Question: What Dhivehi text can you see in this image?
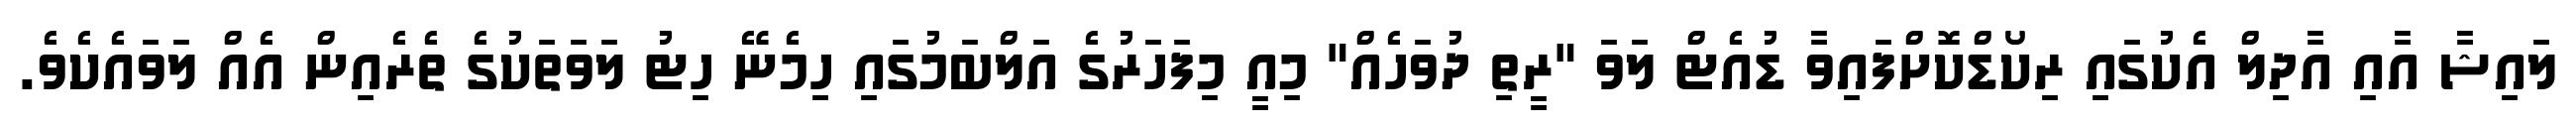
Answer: ލައިޝާ އާއި އާދިލް އެކުގައި ރިކޯޑްކޮށްފައިވާ ޑުއެޓް ލަވަ "ރީތި ދުވަހެއް" މިއީ މިފަހަރުގެ އަލްބަމުގައި ހިމެނޭ ހިޓު ލަވަތަކުގެ ތެރެއިން އެއް ލަވައެކެވެ.